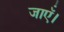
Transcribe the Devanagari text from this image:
जाऍं।